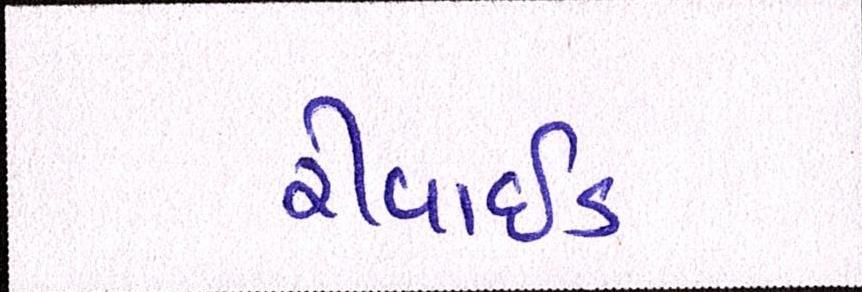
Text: રીવાઇડ